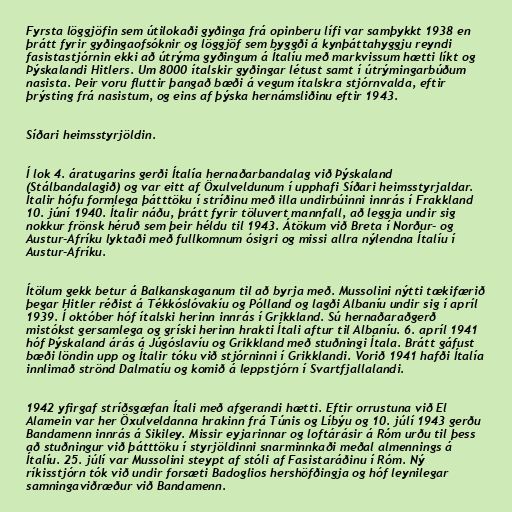
Fyrsta löggjöfin sem útilokaði gyðinga frá opinberu lífi var samþykkt 1938 en
þrátt fyrir gyðingaofsóknir og löggjöf sem byggði á kynþáttahyggju reyndi
fasistastjórnin ekki að útrýma gyðingum á Ítalíu með markvissum hætti líkt og
Þýskalandi Hitlers. Um 8000 ítalskir gyðingar létust samt í útrýmingarbúðum
nasista. Þeir voru fluttir þangað bæði á vegum ítalskra stjórnvalda, eftir
þrýsting frá nasistum, og eins af þýska hernámsliðinu eftir 1943.

Síðari heimsstyrjöldin.

Í lok 4. áratugarins gerði Ítalía hernaðarbandalag við Þýskaland
(Stálbandalagið) og var eitt af Öxulveldunum í upphafi Síðari heimsstyrjaldar.
Ítalir hófu formlega þátttöku í stríðinu með illa undirbúinni innrás í Frakkland
10. júní 1940. Ítalir náðu, þrátt fyrir töluvert mannfall, að leggja undir sig
nokkur frönsk héruð sem þeir héldu til 1943. Átökum við Breta í Norður- og
Austur-Afríku lyktaði með fullkomnum ósigri og missi allra nýlendna Ítalíu í
Austur-Afríku.

Ítölum gekk betur á Balkanskaganum til að byrja með. Mussolini nýtti tækifærið
þegar Hitler réðist á Tékkóslóvakíu og Pólland og lagði Albaníu undir sig í apríl
1939. Í október hóf ítalski herinn innrás í Grikkland. Sú hernaðaraðgerð
mistókst gersamlega og gríski herinn hrakti Ítali aftur til Albaníu. 6. apríl 1941
hóf Þýskaland árás á Júgóslavíu og Grikkland með stuðningi Ítala. Brátt gáfust
bæði löndin upp og Ítalir tóku við stjórninni í Grikklandi. Vorið 1941 hafði Ítalía
innlimað strönd Dalmatíu og komið á leppstjórn í Svartfjallalandi.

1942 yfirgaf stríðsgæfan Ítali með afgerandi hætti. Eftir orrustuna við El
Alamein var her Öxulveldanna hrakinn frá Túnis og Líbýu og 10. júlí 1943 gerðu
Bandamenn innrás á Sikiley. Missir eyjarinnar og loftárásir á Róm urðu til þess
að stuðningur við þátttöku í styrjöldinni snarminnkaði meðal almennings á
Ítalíu. 25. júlí var Mussolini steypt af stóli af Fasistaráðinu í Róm. Ný
ríkisstjórn tók við undir forsæti Badoglios hershöfðingja og hóf leynilegar
samningaviðræður við Bandamenn.